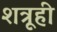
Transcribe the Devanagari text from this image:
शत्रूही